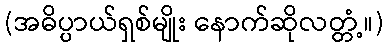
(အဓိပ္ပာယ်ရှစ်မျိုး နောက်ဆိုလတ္တံ့။)